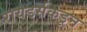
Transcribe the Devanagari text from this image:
रायडर्सकडून